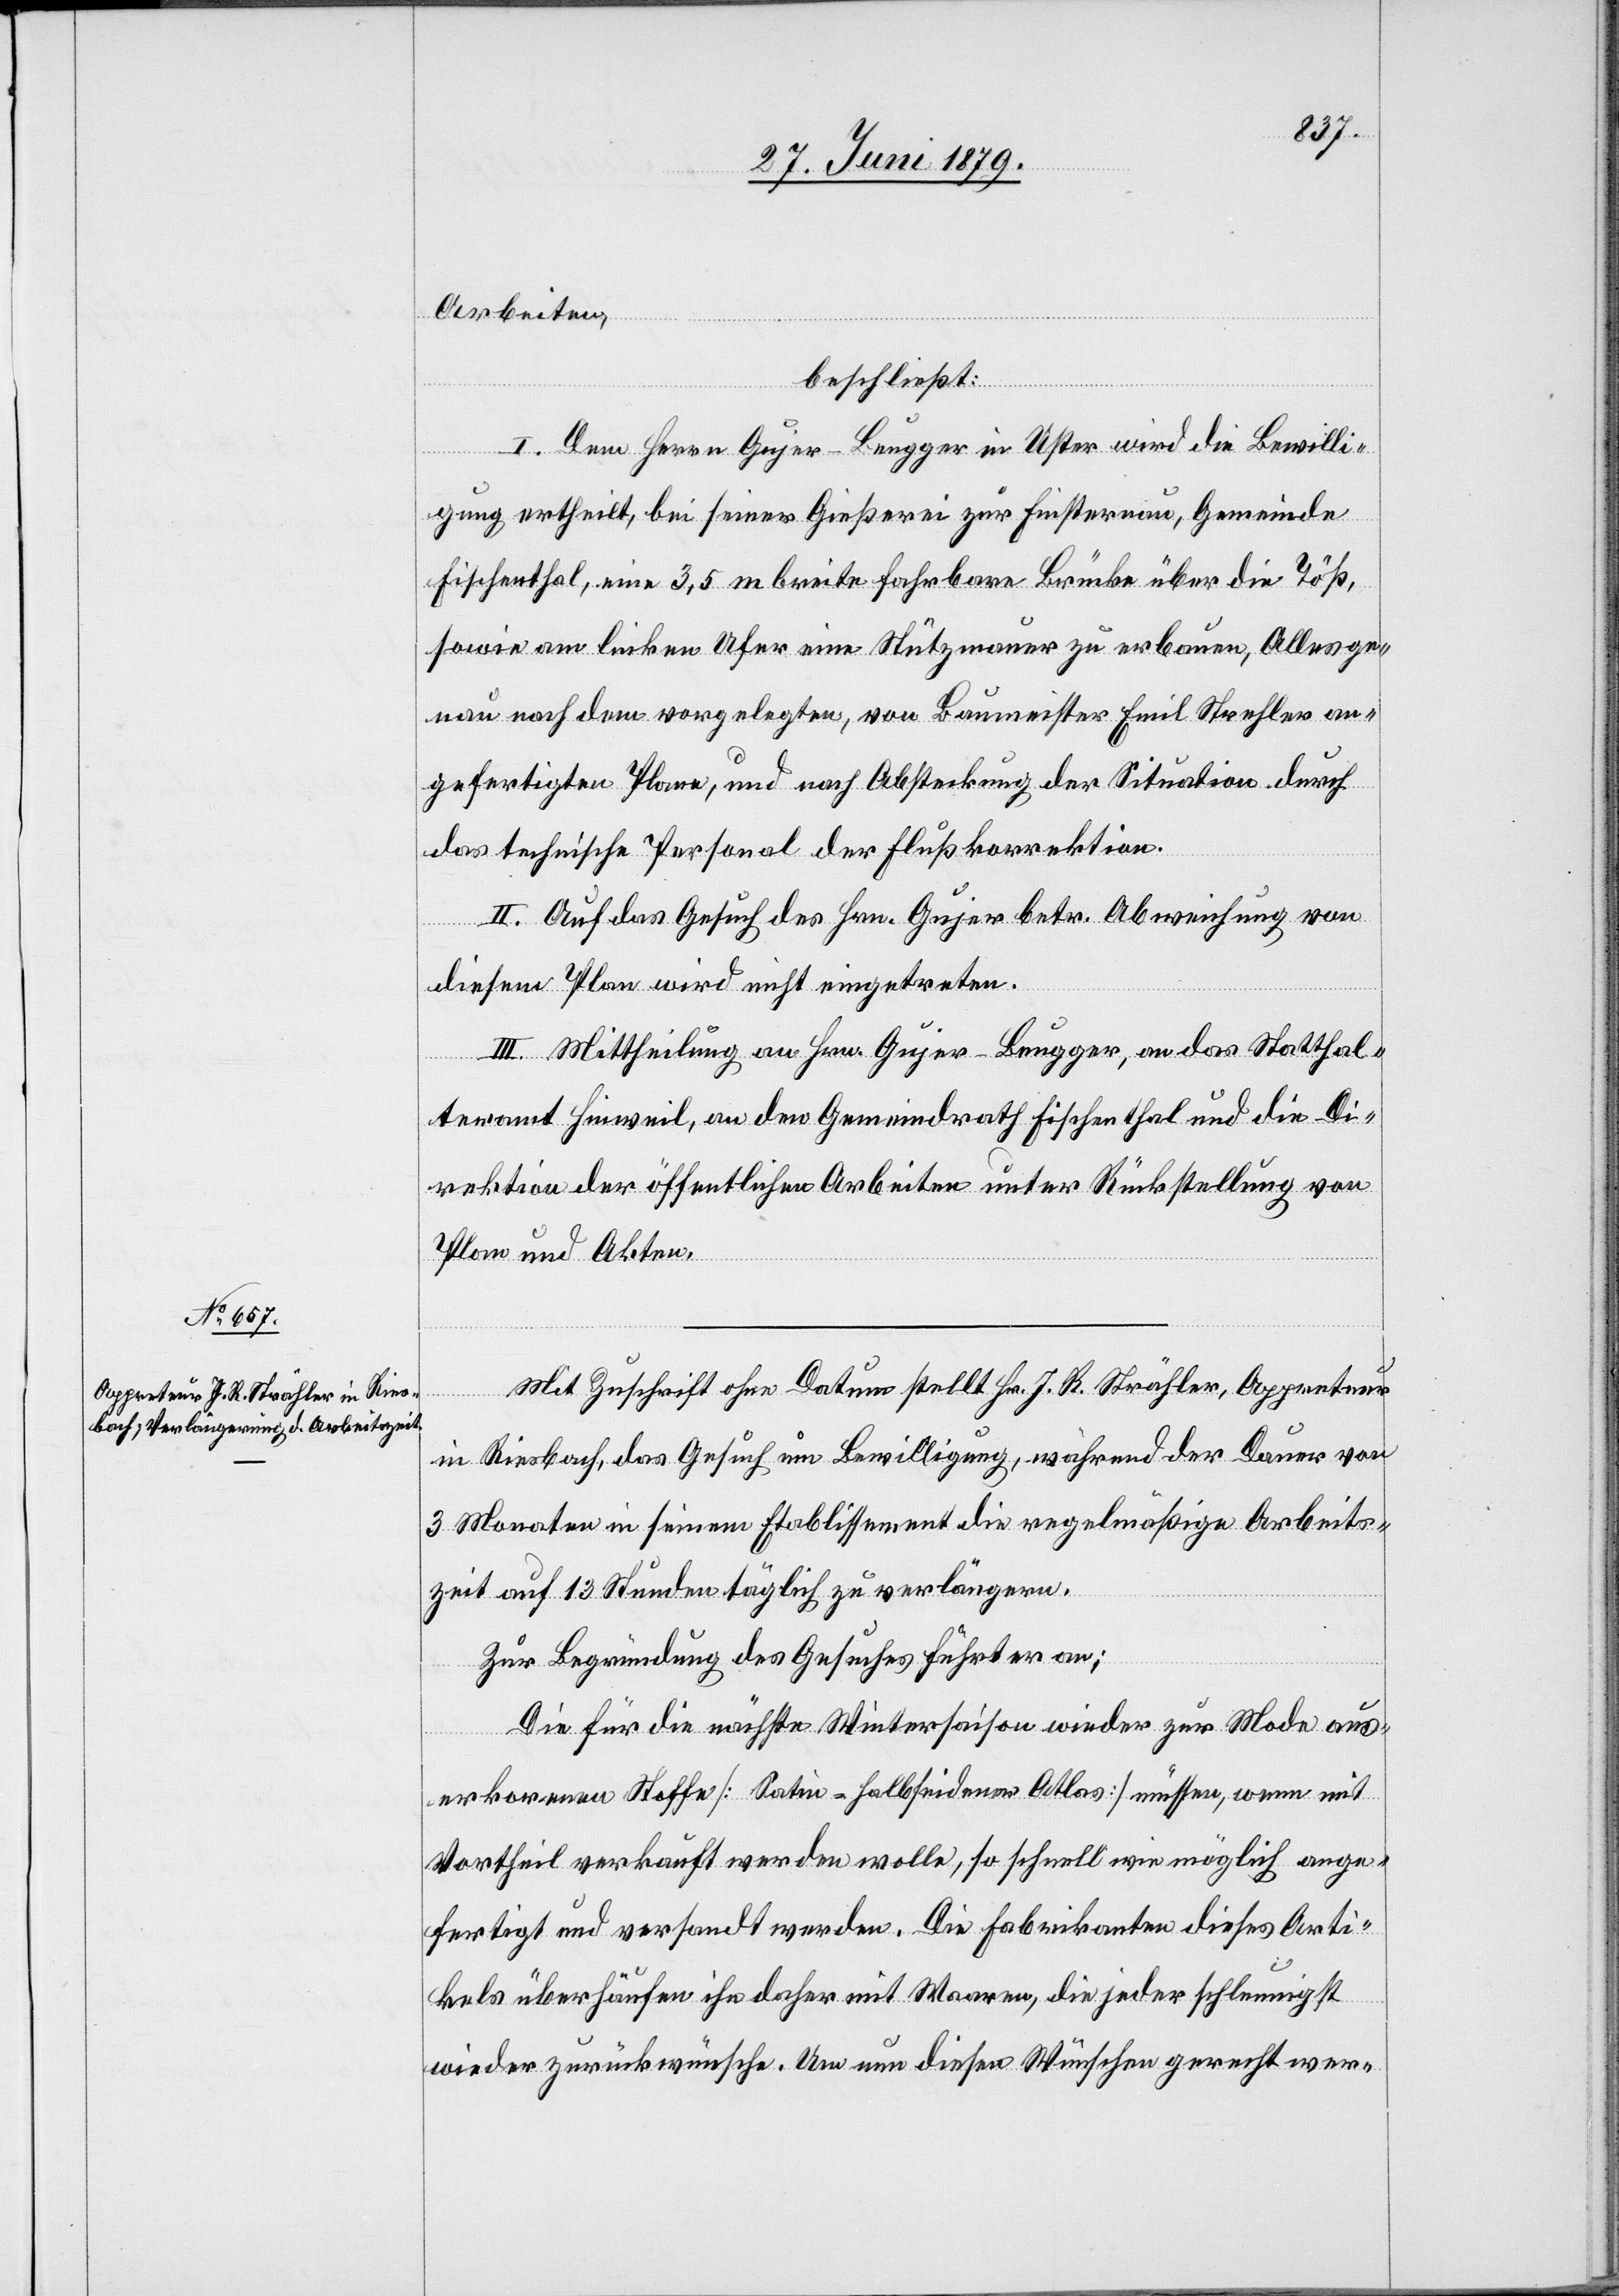
Arbeiten,
beschließt:
I. Dem Herrn Gujer-Beugger in Uster wird die Bewilli¬
gung ertheilt, bei seiner Gießerei zur Finsternau, Gemeinde
Fischenthal, eine 3,5 m breite fahrbare Brücke über die Töß,
sowie am linken Ufer eine Stützmauer zu erbauen, Alles ge¬
nau nach dem vorgelegten, von Baumeister Emil Strehler an¬
gefertigten Plane, und nach Absteckung der Situation durch
das technische Personal der Flußkorrektion.
II. Auf das Gesuch des Hrn. Gujer betr. Abweichung von
diesem Plan wird nicht eingetreten.
III. Mittheilung an Hrn. Gujer-Beugger, an das Statthal¬
teramt Hinweil, an den Gemeindrath Fischenthal und die Di¬
rektion der öffentlichen Arbeiten unter Rückstellung von
Plan und Akten.
Mit Zuschrift ohne Datum stellt Hr. J. R. Strähler, Appreteur
in Riesbach, das Gesuch um Bewilligung, während der Dauer von
3 Monaten in seinem Etablissement die regelmäßige Arbeits¬
zeit auf 13 Stunden täglich zu verlängern.
Zur Begründung des Gesuches führt er an:
Die für die nächste Wintersaison wieder zur Mode aus¬
erkorenen Stoffe [Satin = halbseidener Atlas] müssen, wenn mit
Vortheil verkauft werden wolle, so schnell wie möglich ange¬
fertigt und versandt werden. Die Fabrikanten dieses Arti¬
kels überhäufen ihn daher mit Waaren, die jeder schleunigst
wieder zurückwünsche. Um nun diesen Wünschen gerecht wer-